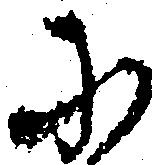
に